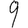
Digit: 9